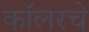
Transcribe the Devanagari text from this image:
कॉलरचे